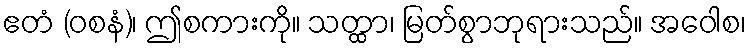
ဧတံ (ဝစနံ)၊ ဤစကားကို။ သတ္ထာ၊ မြတ်စွာဘုရားသည်။ အဝေါစ၊